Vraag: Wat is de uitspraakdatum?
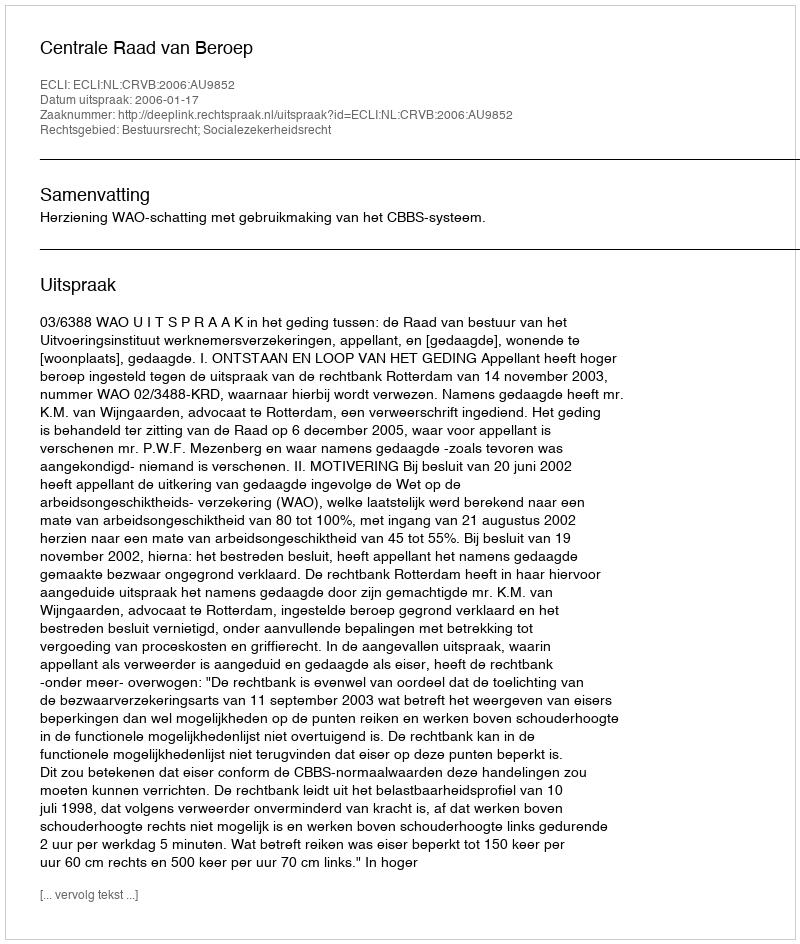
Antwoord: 2006-01-17